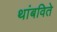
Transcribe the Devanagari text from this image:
थांबविते